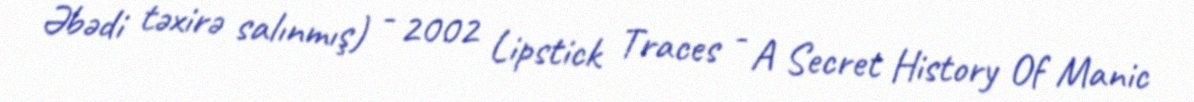
Əbədi təxirə salınmış) - 2002 Lipstick Traces - A Secret History Of Manic